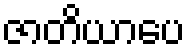
ဇာတိယာပေ